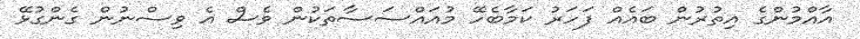
އާއްމުންގެ އިތުރުން ބައެއް ފަހަރު ކަމާބެހޭ މުއައްސަސާތަކުން ވެސް އެ ވިސްނުން ގެންގުޅޭ